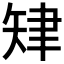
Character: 𦘗